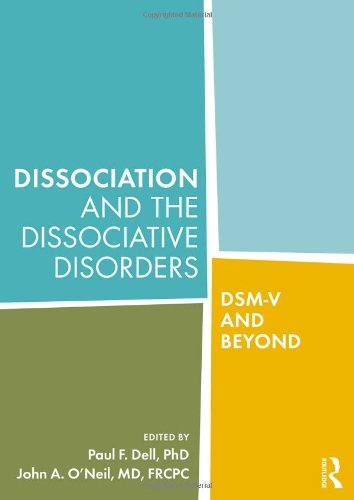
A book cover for Dissociation and the Dissociative Disorders: DSM-V and Beyond; Health, Fitness & Dieting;